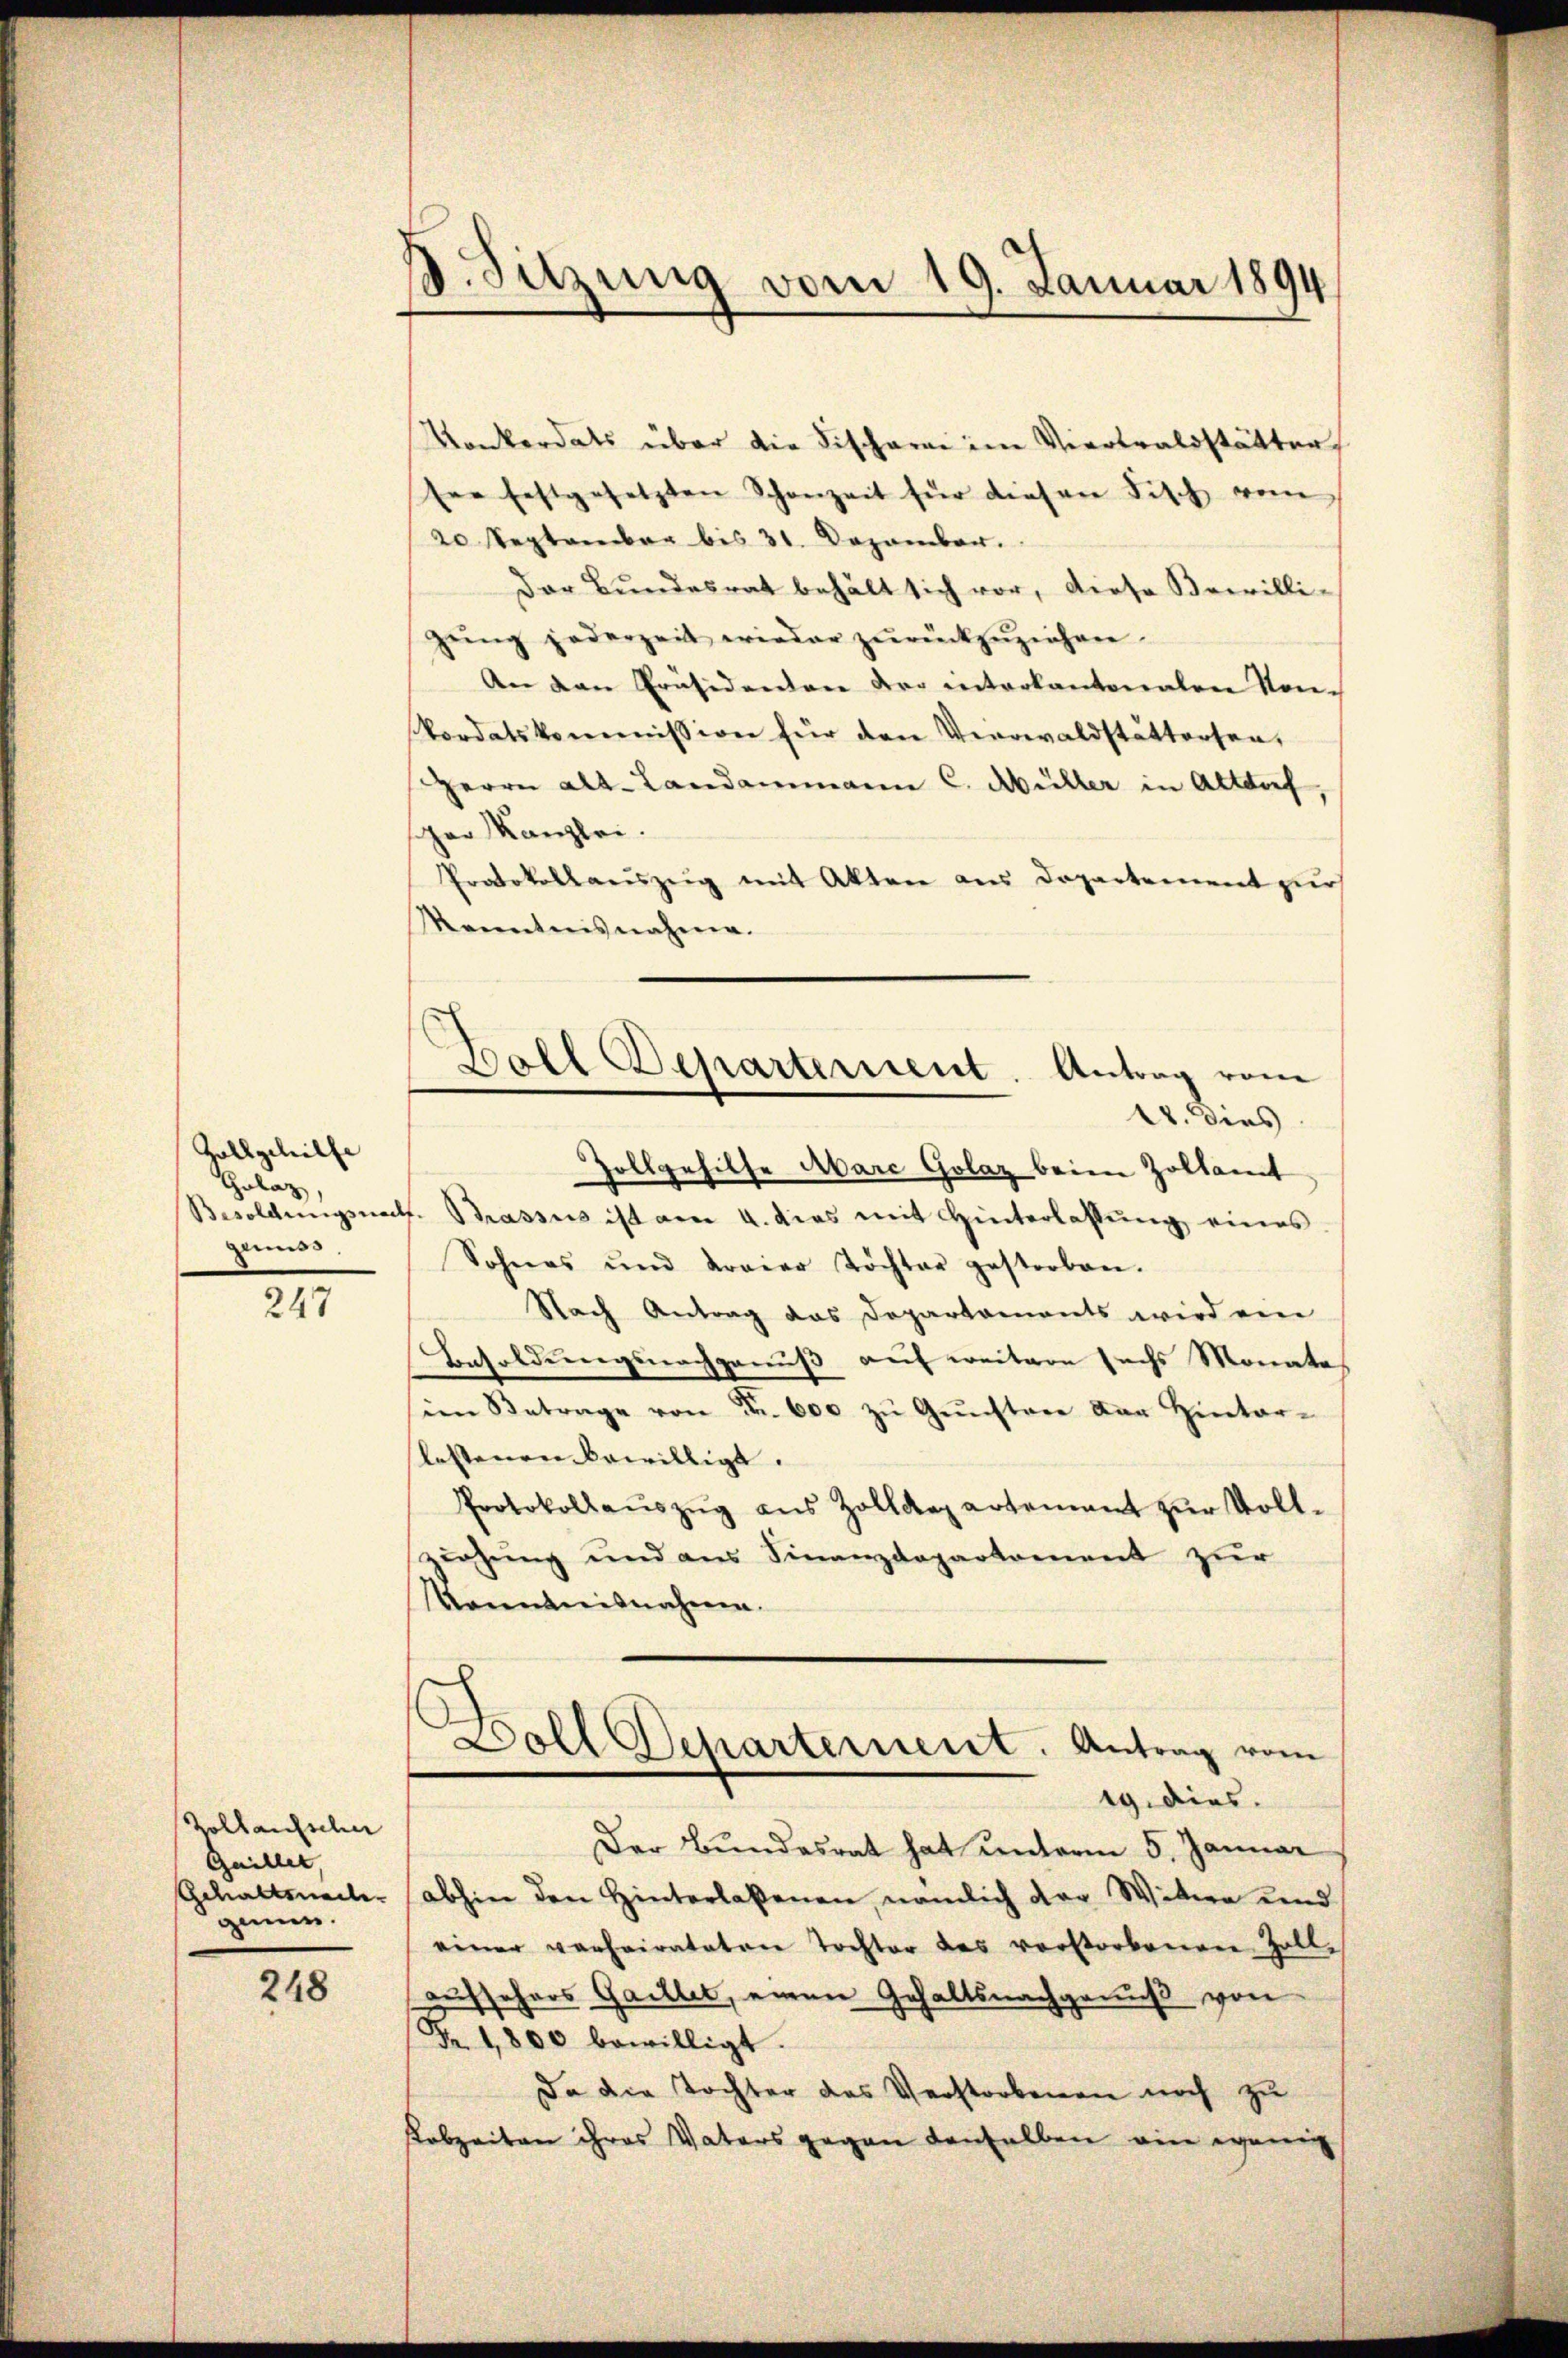
Zollgehilfe
Golaz
grunds

247

Zollaufscher
Gaillet,
Schaftswailer
ger.

248

B.Sitzung vom 19. Januar 1894

Konkordats über die Fischaren im Viertralsstätter
ser festgesetzten Schanzeit für diesen Fisch vom
20 September bis 31. Dezember.
Der Bundesrat behält sich vor, diese Bewilli-
gŭng jederzeit wieder zŭrückzŭziehen.
An den Präsidenten der interkantonalen Kon-
Pordatskommission für den Verwaldstattersen,
Herrn Alt-Landammann C. Müller in Altdorf,
scher Kanzlei.
Protokollauszeig mit Akten aus Departement zur
Menntnisnahme.
Ball Departement. Antrag vom
U. dies
Zollgehilfe Abare Golaz beim Zollamt
Besoldungsnach. Brasses ist am 4. das mit Hinterlassŭng eines
Sohnes und Kraier Töchter gestorben.
Nach Antrag das Departaments wird ein
Besoldungsnachgenuß auf weitere sechs Monate
im Betrage von Fr. 600 zŭ Gŭnstere der Hinter-
lestenen bewilligt.
Protokollaŭszŭg ans Zolldepartement zŭr Voll-
ziehung und aus Finanzdepartement zur
Manntnisnahmen.

Doll Scharternent. Antrag vom
19. dies

Der Bundesrat hat unterm 5. Januar
abhin den Hinterlaßenen, nämlich der Wittwe und
einer verheirateten Tochter des vorstorbenen Zoll-
zustehers Gaillet, einen Gehaltsnachgenuß von
Fr. 1,800 bewilligt.
Da die Tochter das Verstorbenen noch zu
Kobzeiten ihres Vaters gegen denselben ein wenig